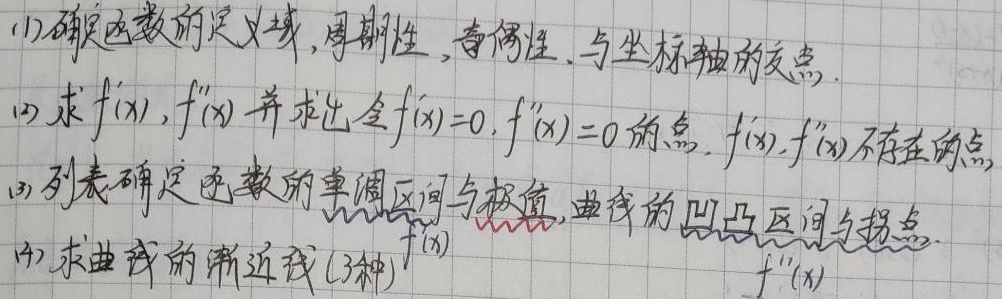
(1)确定函数的定义域，周期性，奇偶性，与坐标轴的交点。
(2)求 \(f'(x),f''(x)\) 并求出令 \(f'(x)=0,f''(x)=0\) 的点，\(f'(x),f''(x)\) 不存在的点。
(3)列表确定函数的单调区间与极值，曲线的凹凸区间与拐点。
(4)求曲线的渐近线(3种) \(f'(x)\) \(f''(x)\)